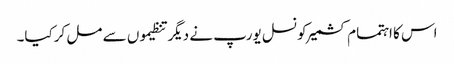
اس کا اہتمام کشمیرکونسل یورپ نے دیگر تنظیموں سے مل کرکیا۔